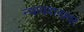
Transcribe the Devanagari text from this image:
न्यायदानावर